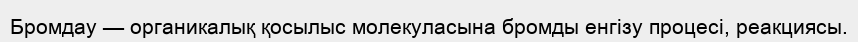
Бромдау — органикалық қосылыс молекуласына бромды енгізу процесі, реакциясы.